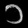
Digit: ၁